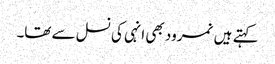
کہتے ہیں نمرود بھی انہی کی نسل سے تھا۔